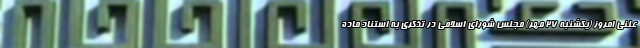
علنی امروز (یکشنبه ۲۷ مهر) مجلس شورای اسلامی در تذکری به استناد ماده